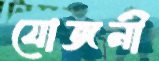
যোজনী